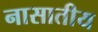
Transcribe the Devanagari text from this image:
नासातीय